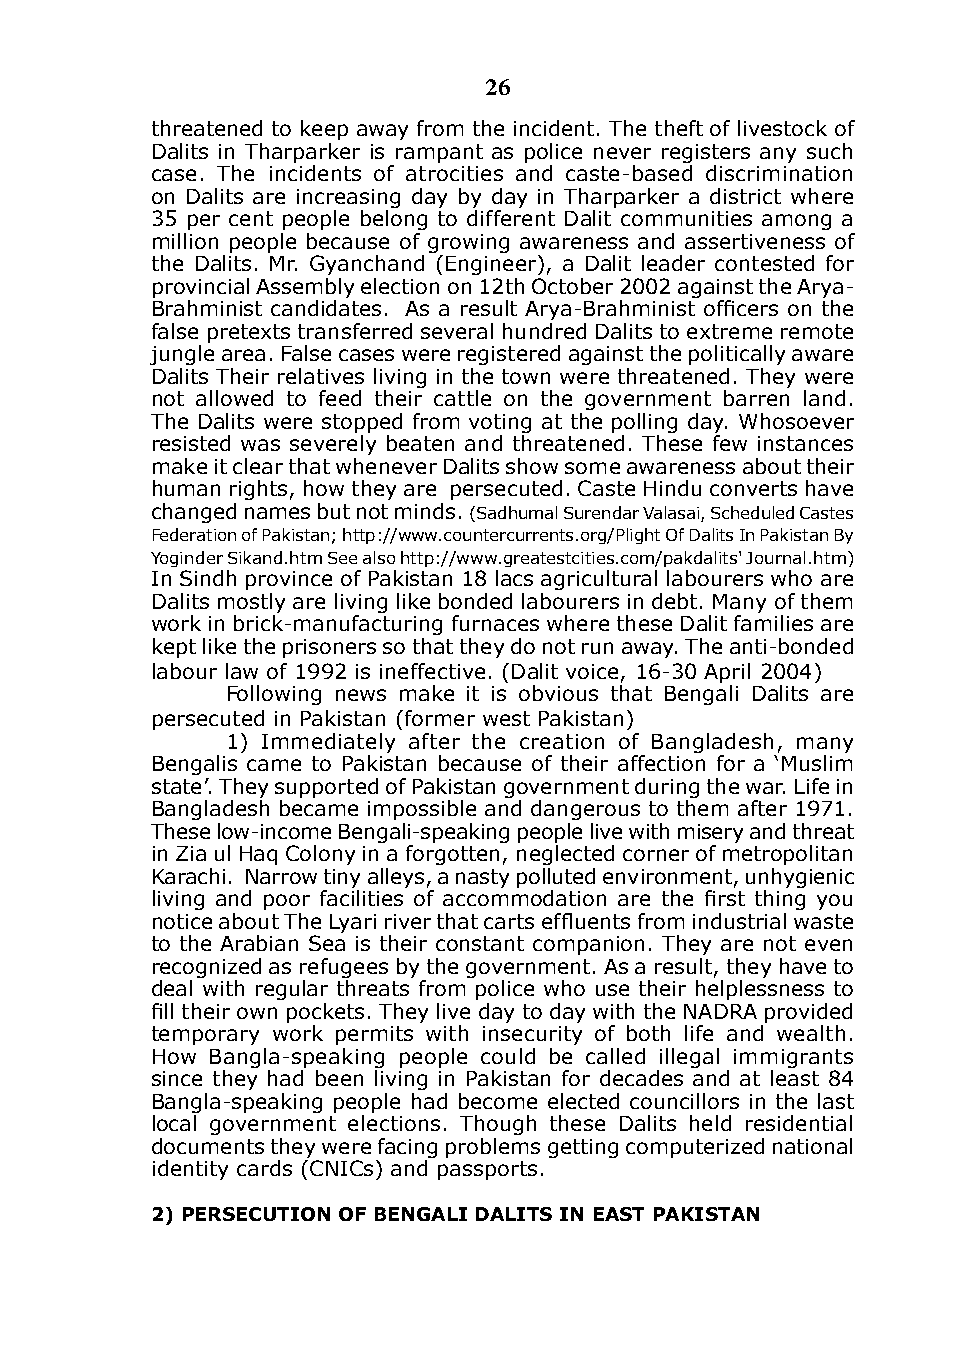
26
 threatened to keep away from the incident. The theft of livestock of
 dalits in Tharparker is rampant as police never registers any such
 case. The incidents of atrocities and caste-based discrimination
 on dalits are increasing day by day in Tharparker a district where
 35 per cent people belong to different dalit communities among a
 million people because of growing awareness and assertiveness of
 the dalits. Mr. Gyanchand (Engineer), a dalit leader contested for
 provincial Assembly election on 12th October 2002 against the Arya-
 Brahminist candidates. As a result Arya-Brahminist officers on the
 false pretexts transferred several hundred dalits to extreme remote
 jungle area. False cases were registered against the politically aware
 dalits Their relatives living in the town were threatened. They were
 not allowed to feed their cattle on the government barren land.
 The dalits were stopped from voting at the polling day. Whosoever
 resisted was severely beaten and threatened. These few instances
 make it clear that whenever dalits show some awareness about their
 human rights, how they are persecuted. Caste Hindu converts have
 changed names but not minds. (Sadhumal Surendar Valasai, Scheduled Castes
 Federation of Pakistan; http://www.countercurrents.org/Plight Of dalits in Pakistan By
 Yoginder Sikand.htm See also http://www.greatestcities.com/pakdalits' Journal.htm)
 in Sindh province of Pakistan 18 lacs agricultural labourers who are
 dalits mostly are living like bonded labourers in debt. Many of them
 work in brick-manufacturing furnaces where these dalit families are
 kept like the prisoners so that they do not run away. The anti-bonded
 labour law of 1992 is ineffective. (dalit voice, 16-30 April 2004)
 Following news make it is obvious that Bengali dalits are
 persecuted in Pakistan (former west Pakistan)
 1) immediately after the creation of Bangladesh, many
 Bengalis came to Pakistan because of their affection for a ‘Muslim
 state’. They supported of Pakistan government during the war. Life in
 Bangladesh became impossible and dangerous to them after 1971.
 These low-income Bengali-speaking people live with misery and threat
 in Zia ul Haq Colony in a forgotten, neglected corner of metropolitan
 karachi. Narrow tiny alleys, a nasty polluted environment, unhygienic
 living and poor facilities of accommodation are the first thing you
 notice about The Lyari river that carts effluents from industrial waste
 to the Arabian Sea is their constant companion. They are not even
 recognized as refugees by the government. As a result, they have to
 deal with regular threats from police who use their helplessness to
 fill their own pockets. They live day to day with the NADRA provided
 temporary work permits with insecurity of both life and wealth.
 How Bangla-speaking people could be called illegal immigrants
 since they had been living in Pakistan for decades and at least 84
 Bangla-speaking people had become elected councillors in the last
 local government elections. Though these dalits held residential
 documents they were facing problems getting computerized national
 identity cards (CNiCs) and passports.
 2) PERsEcuTIon oF BEngAlI dAlITs In EAsT PAKIsTAn